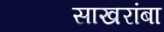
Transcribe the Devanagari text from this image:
साखरांबा